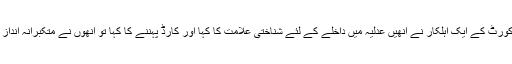
وہ یہاں چیف جسٹس کو اُس طرح نہیں کہہ سکتے تھے ، جب سپریم کورٹ کے ایک اہلکار نے انھیں عدلیہ میں داخلے کے لئے شناختی علامت کا کہا اور کارڈ پہننے کا کہا تو انھوں نے متکبرانہ انداز میں اُس پولیس اہلکار کو کہا تھا کہ” تم جانتے نہیں کہ میں کون ہوں؟